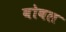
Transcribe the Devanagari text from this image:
वोबल